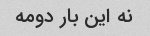
نه این بار دومه